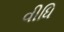
વીધિ